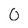
Character: 0